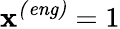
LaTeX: \mathbf{x}^{\mathit{{(eng)}}}=1